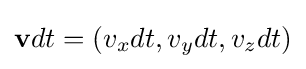
\mathbf {v} dt=(v_{x}dt,v_{y}dt,v_{z}dt)